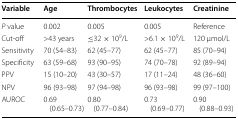
<table><thead><tr><td><b>Variable</b></td><td><b>Age</b></td><td><b>Thrombocytes</b></td><td><b>Leukocytes</b></td><td><b>Creatinine</b></td></tr></thead><tbody><tr><td><i>P</i> value</td><td>0.002</td><td>0.005</td><td>0.005</td><td>Reference</td></tr><tr><td>Cut-off</td><td>&gt;43 years</td><td>≤32 × 10<sup>9</sup>/L</td><td>&gt;6.1 × 10<sup>9</sup>/L</td><td>120 μmol/L</td></tr><tr><td>Sensitivity</td><td>70 (54–83)</td><td>62 (45–77)</td><td>62 (45–77)</td><td>85 (70–94)</td></tr><tr><td>Specificity</td><td>63 (59–68)</td><td>93 (90–95)</td><td>74 (70–78)</td><td>92 (89–94)</td></tr><tr><td>PPV</td><td>15 (10–20)</td><td>43 (30–57)</td><td>17 (11–24)</td><td>48 (36–60)</td></tr><tr><td>NPV</td><td>96 (93–98)</td><td>97 (94–98)</td><td>96 (93–98)</td><td>99 (97–100)</td></tr><tr><td>AUROC</td><td>0.69 (0.65–0.73)</td><td>0.80 (0.77–0.84)</td><td>0.73 (0.69–0.77)</td><td>0.90 (0.88–0.93)</td></tr></tbody></table>